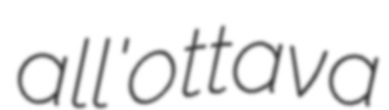
all'ottava